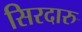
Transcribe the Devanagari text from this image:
सिरदारु